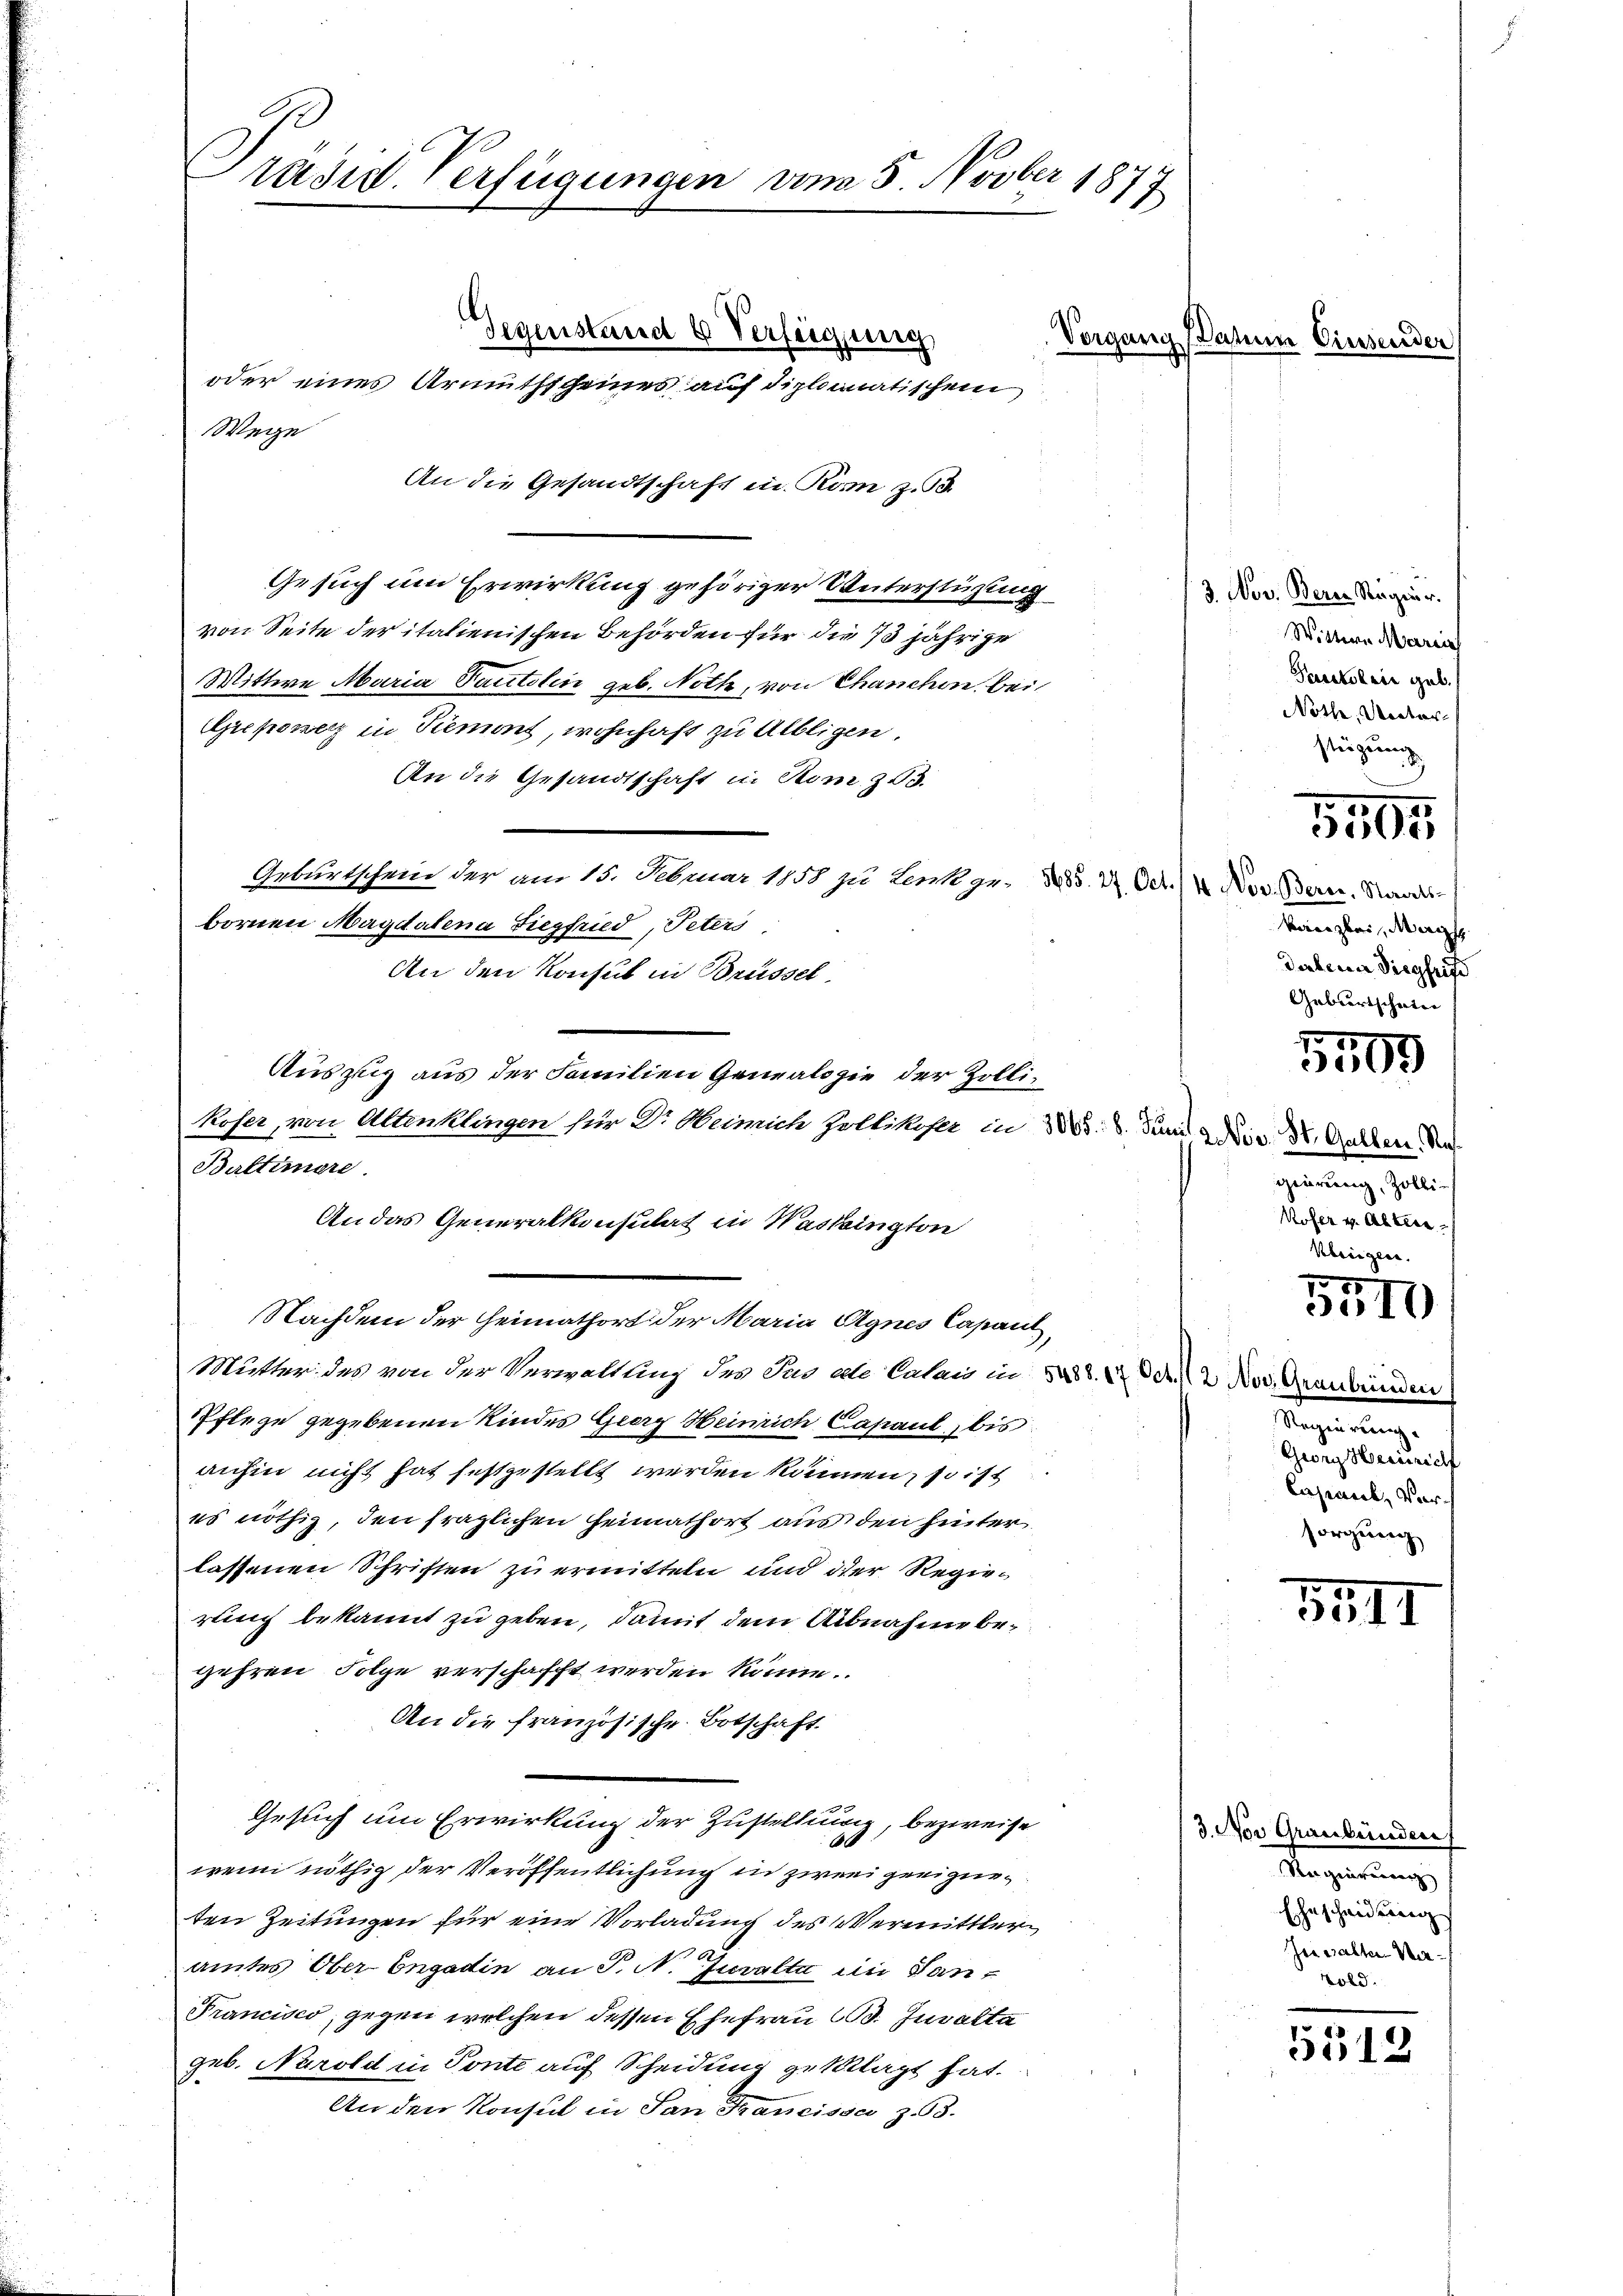
Präsid. Verfügungen vom 5. Novber 1877
Gegenstand 4 Verfeigung,
Vorgang Dahin Einsender
oder eines Armuthscheines auf diplomatischen

An die Gesandtschaft in Rom z. B.
Gesuch um Erwirkung gehöriger Unterstützung
von Seite der italienischen Behörden für die 13 jährige
Wittwe Maria Tantelin geb. Noth, von Chanchen bei
Greponer in Tiement, wohnhaft zu Albligen.
An die Gesandtschaft in Rom z. 3.
Geburtschein der am 15. Februar 1858 zu Lenk ge- 285. 27. Oct. (2 Nov. Bern. Standes-
bornen Magdalena Siegfried, Peters
An den Konsul in Brüssel
Auszug aus der Familien Genealogie der Zolli¬
Koser, von Altenklingen für Dr. Weimich Zollikofer in 285. 8. Juni a. Dir. Dr. Gallen An
Bultiere.
An das Generalkonsulat in Washington
Nachdem der Heimathort der Maria Agnes Casant,
Mutter des von der Verwaltung der Jud edle Calais in 5488. 120 Fr. 2 Nov. Graubünden
PPflege gegebenen Kindes Geerz Heinrich Capaul, bis
anhin nicht hat festzustellt werden können, so ist
es nöthig, den fraglichen Heimathort aus den hinter
lassenen Schriften zu ermitteln und der Regierung bekannt zu geben, damit dem Abnahme begehren Folge verschafft werden könne.
An die französische Botschaft
Gesuch um Erwirkung der Zustellung, bezweife
6
wenn nöthig der Veröffentlichung in zwei geeignen
ten Zeitungen für eine Vorladung des Vermittler
amtes Ober Engadin an P. N. Juralta in San¬
Francisco, gegen welchen dessen Ehefrau 10. Juvalta
geb. Narold in Tonte auf Scheidung geklagt hat.
An den Konsul in San Francisse 363.

Wege

3. Nov. Beren Regier.
Wittern Marie
Pastoris geb.
Noth, Rector
stüzung

kanzlei, Marg
dalena Siegluft
Geburtschein

geierung, Zolli¬
Kofer v. Alter
kherigen.

5505

0
3509

85
357)

Regierung.
Georg Heinrich
Cazineck, Vor
sorgung

5511

3. Nov Graubünden
Regierung
Eheschweisung
Inwalte Ver¬
Told.

5513